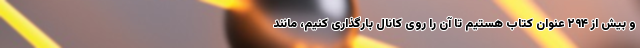
و بیش از ۲۹۴ عنوان کتاب هستیم تا آن را روی کانال بارگذاری ‌کنیم، مانند